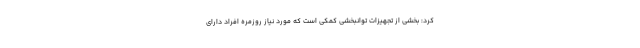
کرد: بخشی از تجهیزات توانبخشی کمکی است که مورد نیاز روزمره افراد دارای